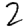
Digit: 2